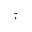
\check { \cdot }